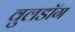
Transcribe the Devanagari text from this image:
वुलडॉग